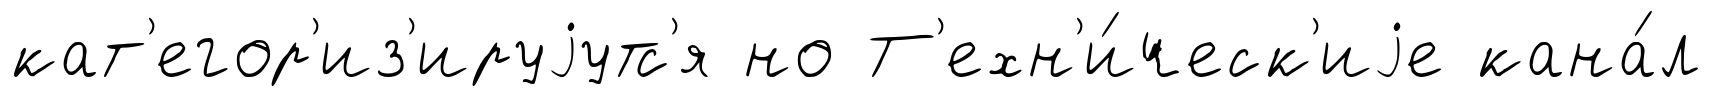
кат'егор'из'ируjутс'я но Т'ехн'и́ческ'иjе кана́л